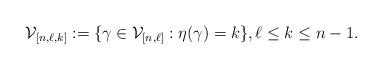
LaTeX: \begin{align*}\mathcal{V}_{[n,\ell,k]}:=\{\gamma\in\mathcal{V}_{[n,\ell]}: \eta(\gamma)=k\},\ell\leq k\leq n-1.\end{align*}